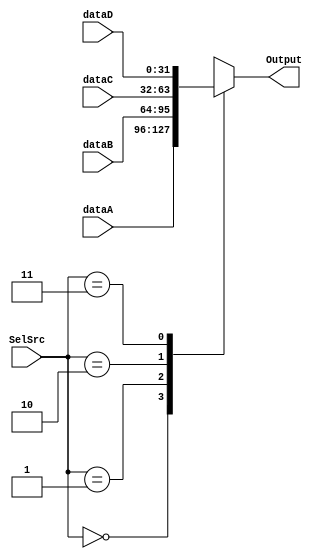
`timescale 1ns / 1ps
//////////////////////////////////////////////////////////////////////////////////
// Company: 
// Engineer: 
// 
// Design Name: 
// Module Name: Data_Sel4_32bits
// Project Name: 
// Target Devices: 
// Tool Versions: 
// Description: 
// 
// Dependencies: 
// 
// Revision:
// Revision 0.01 - File Created
// Additional Comments:
// 
//////////////////////////////////////////////////////////////////////////////////


module Data_Sel4_32bits(dataA, dataB, dataC, dataD, SelSrc, Output);
    input [31:0] dataA, dataB, dataC, dataD;
    input [1:0] SelSrc; 
    output reg [31:0] Output;
    
    always@(dataA or dataB or dataC or dataD or SelSrc) begin
        case(SelSrc)
            2'b00 : Output = dataA;
            2'b01 : Output = dataB;
            2'b10 : Output = dataC;
            2'b11 : Output = dataD;
        endcase
    end
endmodule